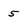
Character: 5